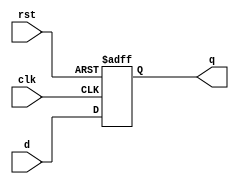

`timescale 1ns / 1ps
//////////////////////////////////////////////////////////////////////////////////
// Company: 
// Engineer: 
// 
// Design Name: 
// Module Name: D_ff
// Project Name: 
// Target Devices: 
// Tool Versions: 
// Description: 
// 
// Dependencies: 
// 
// Revision:
// Revision 0.01 - File Created
// Additional Comments:
// 
//////////////////////////////////////////////////////////////////////////////////

module D_ff(clk,rst,d,q);
input clk,rst,d;
output reg q;

always @(posedge clk,posedge rst)
begin
      if(rst)
          q <= 1'b0;
      else 
          q <= d;
end 
             
endmodule